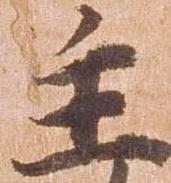
主